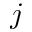
j